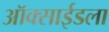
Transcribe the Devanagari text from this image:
ऑक्साईडला